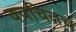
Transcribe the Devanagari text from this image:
क्‍वचितच